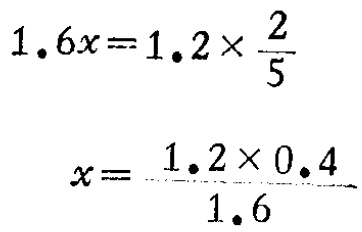
\[

\begin{align*}

1.6x&=1.2\times\frac{2}{5}\\

x&=\frac{1.2\times0.4}{1.6}

\end{align*}

\]